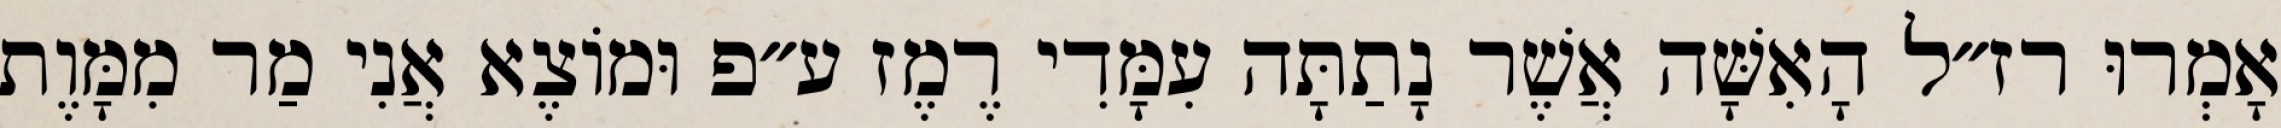
אָמְרוּ רז״ל הָאִשָּׁה אֲשֶׁר נָתַתָּה עִמָּדִי רֶמֶז ע״פ וּמוֹצֶא אֲנִי מַר מִמָּוֶת